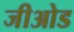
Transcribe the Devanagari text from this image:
जीओड